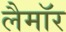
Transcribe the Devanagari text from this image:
लैमॉर